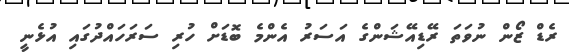
ރެޑް ޒޯން ނުވަތަ ރޭޑިއޭޝަންގެ އަސަރު އެންމެ ބޮޑަށް ހުރި ސަރަހައްދުގައި އުޅެނީ